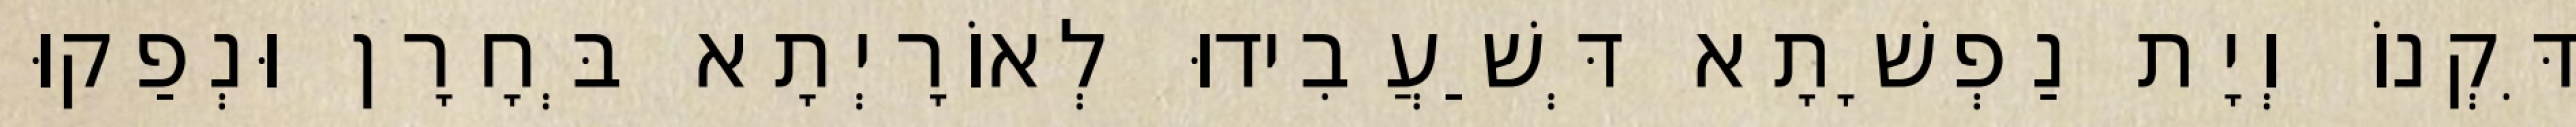
דִּקְנוֹ וְיָת נַפְשָׁתָא דְּשַׁעֲבִידוּ לְאוֹרָיְתָא בְּחָרָן וּנְפַקוּ